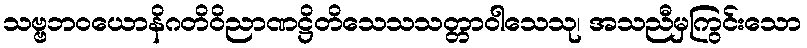
သဗ္ဗဘဝယောနိဂတိဝိညာဏဋ္ဌိတိသေသသတ္တာဝါသေသု၊ အသညီမှကြွင်းသော